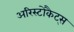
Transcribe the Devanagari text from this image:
अरिस्टोकैट्स